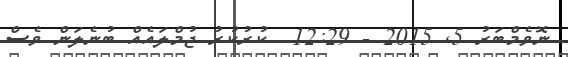
ނޮވެމްބަރު 5